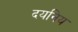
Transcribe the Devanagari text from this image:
दयनिय